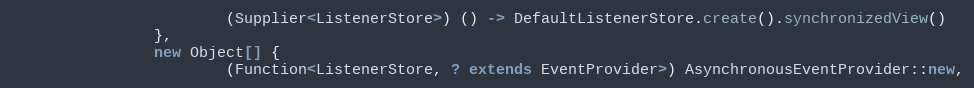
Language: Java
                        (Supplier<ListenerStore>) () -> DefaultListenerStore.create().synchronizedView()
                },
                new Object[] {
                        (Function<ListenerStore, ? extends EventProvider>) AsynchronousEventProvider::new,